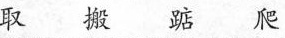
取 搬 踮 爬